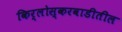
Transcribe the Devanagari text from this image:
किर्लोस्करवाडीतील